Civil Veterinary Dept. North-West Frontier Province 1923-32 - 1923-1932
Year: 1923
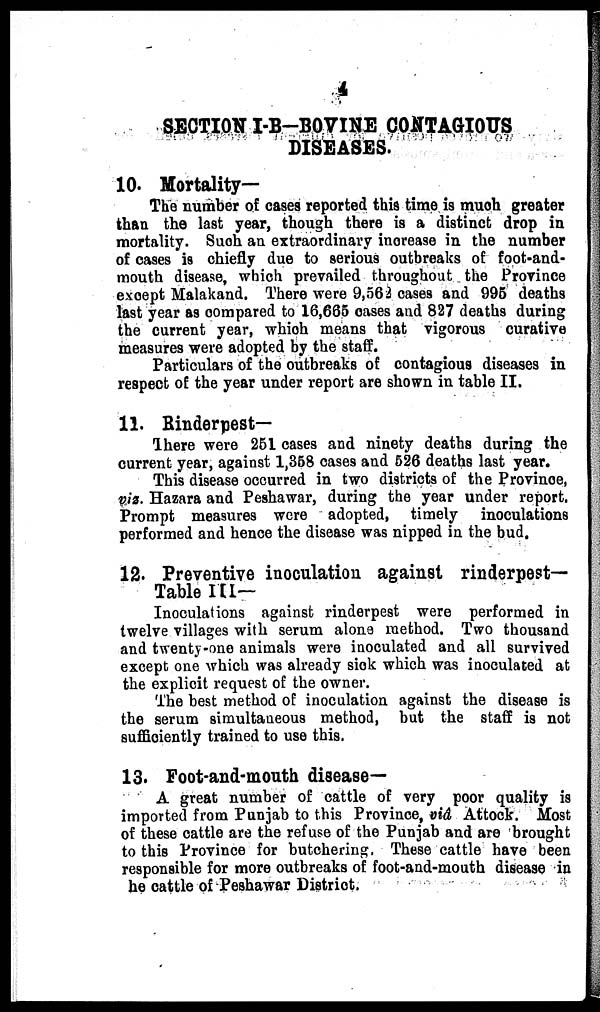
4
SECTION I-B—BOVINE CONTAGIOUS
DISEASES.
10. Mortality—
The number of cases reported this time is much greater
than the last year, though there is a distinct drop in
mortality. Such an extraordinary increase in the number
of cases is chiefly due to serious outbreaks of foot-and-
mouth disease, which prevailed throughout the Province
except Malakand. There were 9,562 cases and 995 deaths
last year as compared to 16,665 cases and 827 deaths during
the current year, which means that vigorous curative
measures were adopted by the staff.
Particulars of the outbreaks of contagious diseases in
respect of the year under report are shown in table II.
11. Rinderpest—
There were 251 cases and ninety deaths during the
current year, against 1,358 cases and 526 deaths last year.
This disease occurred in two districts of the Province,
viz. Hazara and Peshawar, during the year under report.
Prompt measures were adopted, timely inoculations
performed and hence the disease was nipped in the bud.
12. Preventive inoculation against rinderpest—
Table III-
Inoculations against rinderpest were performed in
twelve villages with serum alone method. Two thousand
and twenty-one animals were inoculated and all survived
except one which was already sick which was inoculated at
the explicit request of the owner.
The best method of inoculation against the disease is
the serum simultaneous method, but the staff is not
sufficiently trained to use this.
13. Foot-and-mouth disease—
A great number of cattle of very poor quality is
imported from Punjab to this Province, viâ Attock. Most
of these cattle are the refuse of the Punjab and are brought
to this Province for butchering, These cattle have been
responsible for more outbreaks of foot-and-mouth disease in
he cattle of Peshawar District.